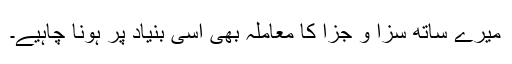
میرے ساتھ سزا و جزا کا معاملہ بھی اسی بنیاد پر ہونا چاہیے۔